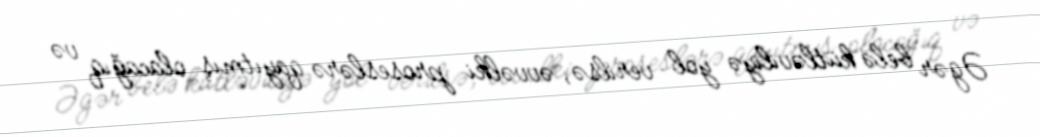
Əgər belə kütləviliyə yol verilsə, əvvəlki proseslərə qayıtmış olacağıq və